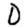
Digit: 0